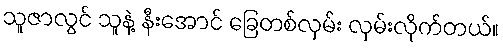
သူဇာလွင် သူနဲ့ နီးအောင် ခြေတစ်လှမ်း လှမ်းလိုက်တယ်။